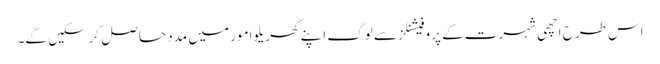
اس طرح اچھی شہرت کے پروفیشنلز سے لوگ اپنے گھریلو امور میں مدد حاصل کرسکیں گے۔